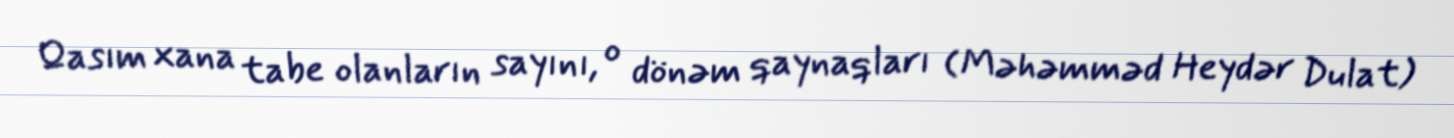
Qasım xana tabe olanların sayını, o dönəm qaynaqları (Məhəmməd Heydər Dulat)